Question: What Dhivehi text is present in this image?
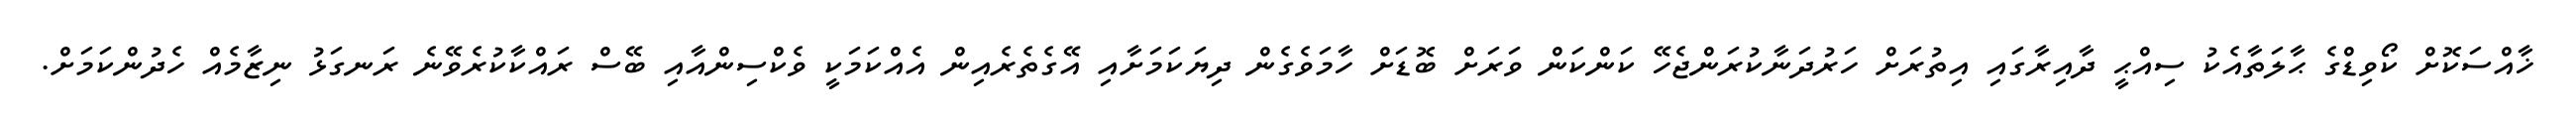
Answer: ޚާއްސަކޮށް ކޯވިޑްގެ ޙާލަތާއެކު ސިއްޙީ ދާއިރާގައި އިތުރަށް ހަރުދަނާކުރަންޖެހޭ ކަންކަން ވަރަށް ބޮޑަށް ހާމަވެގެން ދިޔަކަމަށާއި އޭގެތެރެއިން އެއްކަމަކީ ވެކްސިންއާއި ބޭސް ރައްކާކުރެވޭނެ ރަނގަޅު ނިޒާމެއް ހެދުންކަމަށް.